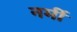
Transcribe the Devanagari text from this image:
नर्मी